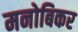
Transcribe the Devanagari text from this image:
मनोबिकर